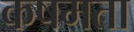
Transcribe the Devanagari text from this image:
कषमता